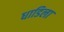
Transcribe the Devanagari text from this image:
धाडिला